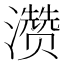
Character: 𪷽